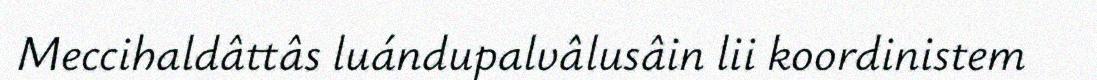
Meccihaldâttâs luándupalvâlusâin lii koordinistem